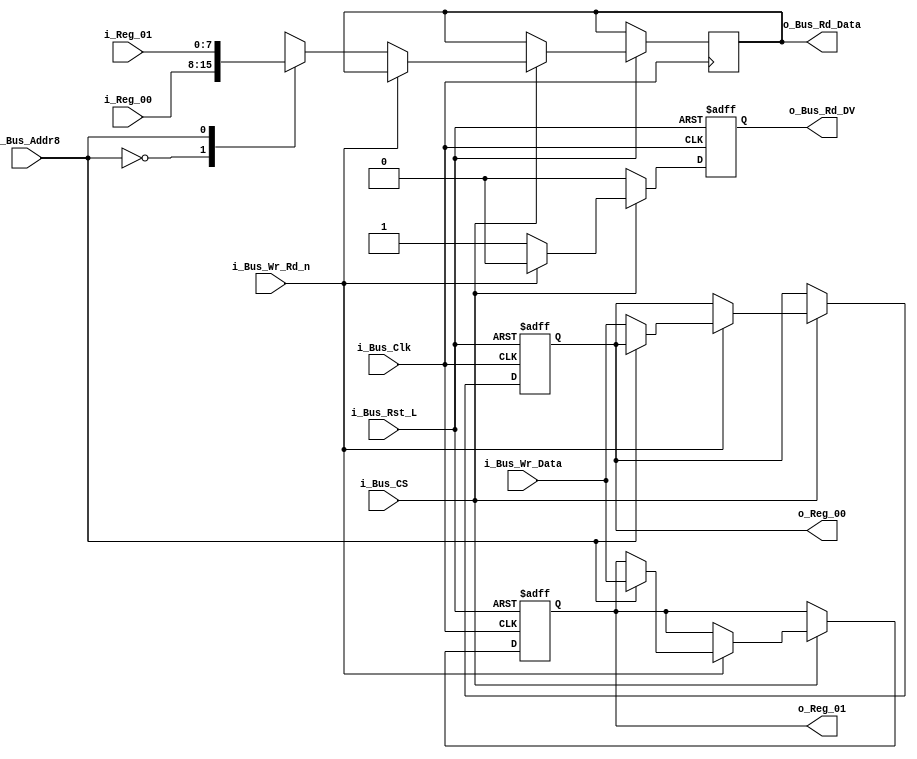
module Bus_Reg_X2 #(parameter INIT_00 = 0,
                    parameter INIT_01 = 0) 
 (input            i_Bus_Rst_L,
  input            i_Bus_Clk,
  input            i_Bus_CS,
  input            i_Bus_Wr_Rd_n,
  input            i_Bus_Addr8,
  input [7:0]      i_Bus_Wr_Data,
  output reg [7:0] o_Bus_Rd_Data,
  output reg       o_Bus_Rd_DV,
  input [7:0]      i_Reg_00,
  input [7:0]      i_Reg_01,
  output reg [7:0] o_Reg_00,
  output reg [7:0] o_Reg_01);

  always @(posedge i_Bus_Clk or negedge i_Bus_Rst_L)
  begin
    if (~i_Bus_Rst_L)
    begin
      o_Bus_Rd_DV <= 1'b0;
      o_Reg_00    <= INIT_00;
      o_Reg_01    <= INIT_01;
    end
    else
    begin
      o_Bus_Rd_DV <= 1'b0;

      if (i_Bus_CS == 1'b1)
      begin
        if (i_Bus_Wr_Rd_n == 1'b1) // Write Command
        begin
          case (i_Bus_Addr8)
          1'b0 : o_Reg_00 <= i_Bus_Wr_Data;
          1'b1 : o_Reg_01 <= i_Bus_Wr_Data;
          endcase
        end
        else // Read Command
        begin
          o_Bus_Rd_DV   <= 1'b1;
          
          case (i_Bus_Addr8)
          1'b0 : o_Bus_Rd_Data <= i_Reg_00;
          1'b1 : o_Bus_Rd_Data <= i_Reg_01;
          endcase 
        end // else: !if(i_Bus_Wr_Rd_n == 1'b1)
      end // if (i_Bus_CS == 1'b1)
    end // else: !if(!i_Bus_Rst_L)
  end // always @ (posedge i_Bus_Clk or negedge i_Bus_Rst_L)

endmodule